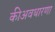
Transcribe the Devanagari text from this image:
कीअवधारणा